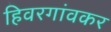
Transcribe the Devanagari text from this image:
हिवरगांवकर